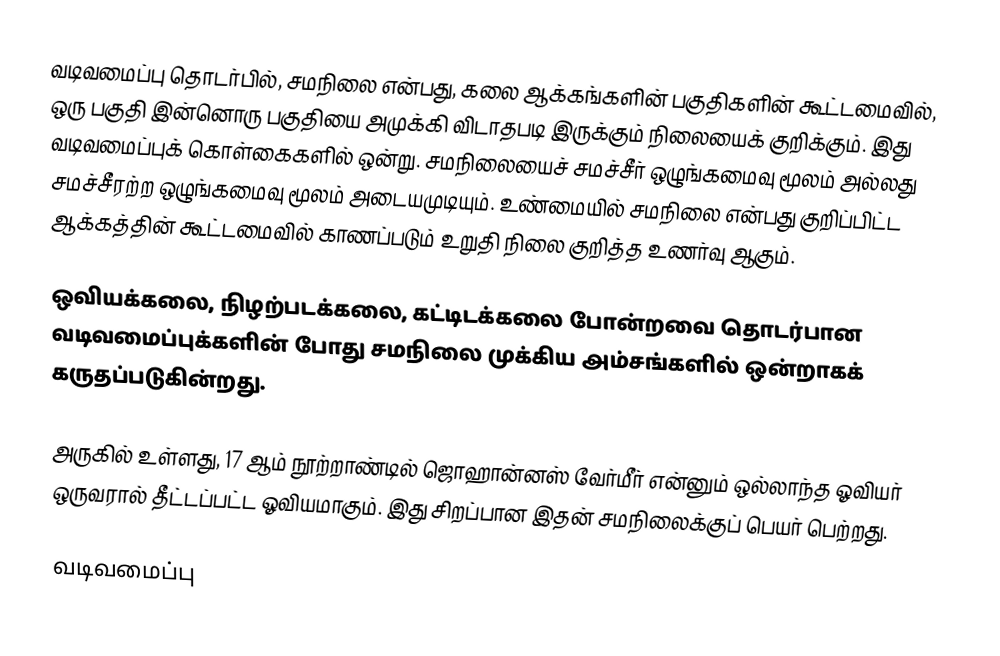
வடிவமைப்பு தொடர்பில், சமநிலை என்பது, கலை ஆக்கங்களின் பகுதிகளின் கூட்டமைவில், ஒரு பகுதி இன்னொரு பகுதியை அமுக்கி விடாதபடி இருக்கும் நிலையைக் குறிக்கும். இது வடிவமைப்புக் கொள்கைகளில் ஒன்று. சமநிலையைச் சமச்சீர் ஒழுங்கமைவு மூலம் அல்லது சமச்சீரற்ற ஒழுங்கமைவு மூலம் அடையமுடியும். உண்மையில் சமநிலை என்பது குறிப்பிட்ட ஆக்கத்தின் கூட்டமைவில் காணப்படும் உறுதி நிலை குறித்த உணர்வு ஆகும்.

ஒவியக்கலை, நிழற்படக்கலை, கட்டிடக்கலை போன்றவை தொடர்பான வடிவமைப்புக்களின் போது சமநிலை முக்கிய அம்சங்களில் ஒன்றாகக் கருதப்படுகின்றது.

அருகில் உள்ளது, 17 ஆம் நூற்றாண்டில் ஜொஹான்னஸ் வேர்மீர் என்னும் ஒல்லாந்த ஓவியர் ஒருவரால் தீட்டப்பட்ட ஓவியமாகும். இது சிறப்பான இதன் சமநிலைக்குப் பெயர் பெற்றது.

வடிவமைப்பு